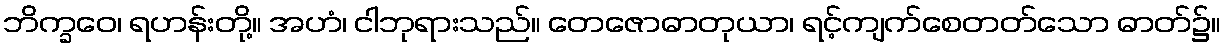
ဘိက္ခဝေ၊ ရဟန်းတို့။ အဟံ၊ ငါဘုရားသည်။ တေဇောဓာတုယာ၊ ရင့်ကျက်စေတတ်သော ဓာတ်၌။